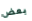
بعض